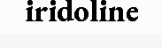
iridoline